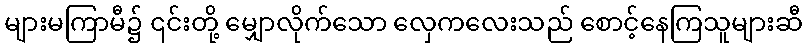
များမကြာမီ၌ ၎င်းတို့ မျှောလိုက်သော လှေကလေးသည် စောင့်နေကြသူများဆီ